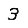
Digit: 3